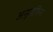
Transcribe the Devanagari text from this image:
अनुज्ञेविना